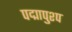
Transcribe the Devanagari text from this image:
पद्मापुश्प